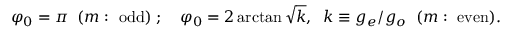
\varphi _ { 0 } = \pi \; \; ( m : \ \mathrm { o d d } ) \; ; \quad \varphi _ { 0 } = 2 \arctan \sqrt { k } , \; \; k \equiv g _ { e } / { g _ { o } } \; \; ( m : \ \mathrm { e v e n } ) .